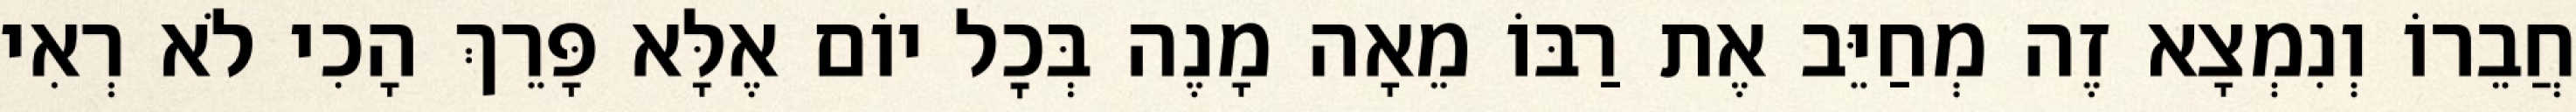
חֲבֵרוֹ וְנִמְצָא זֶה מְחַיֵּב אֶת רַבּוֹ מֵאָה מָנֶה בְּכׇל יוֹם אֶלָּא פָּרֵךְ הָכִי לֹא רְאִי